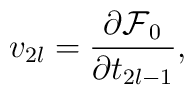
v_{2l}=\frac{\partial \mbox{$\cal F$}_0}{\partial t_{2l-1}},